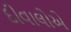
દીવાલોએ